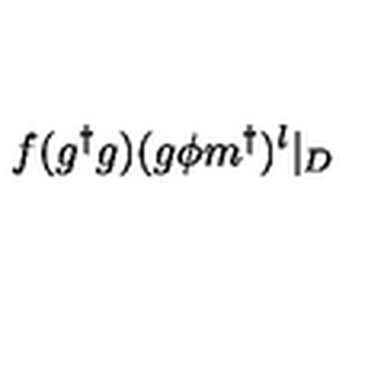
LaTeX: f ( g ^ { \dagger } g ) ( g \phi m ^ { \dagger } ) ^ { l } \vert _ { D }